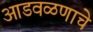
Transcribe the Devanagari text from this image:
आडवळणाचे